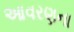
આવરણના